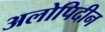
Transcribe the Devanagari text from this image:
अलोपिदीन